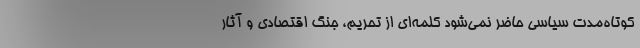
کوتاه‌مدت سیاسی حاضر نمی‌شود کلمه‌ای از تحریم، جنگ اقتصادی و آثار